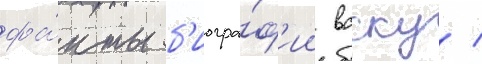
фа́кты б'иогра́ф'ии васку /